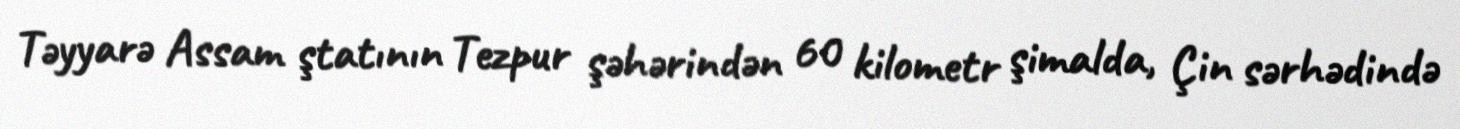
Təyyarə Assam ştatının Tezpur şəhərindən 60 kilometr şimalda, Çin sərhədində